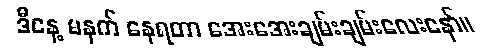
ဒီနေ့ မနက် နေရတာ အေးအေးချမ်းချမ်းလေးနော်။